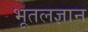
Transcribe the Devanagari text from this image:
भूतलज्ञान